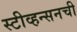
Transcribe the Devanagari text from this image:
स्टीव्हन्‍सनची